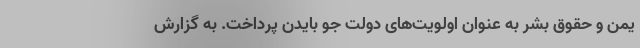
یمن و حقوق بشر به عنوان‌ اولویت‌های دولت جو بایدن پرداخت. به گزارش